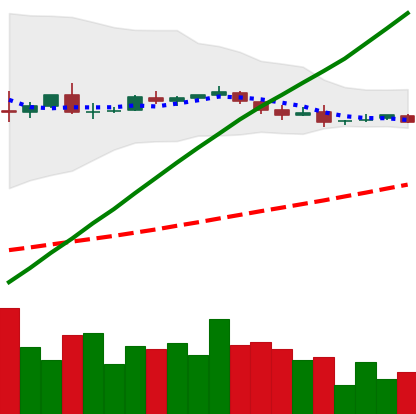
Ticker: DOGE-USD
Chart end date: 2018-10-10
Forward return: -6.016%
Label: down_5_7